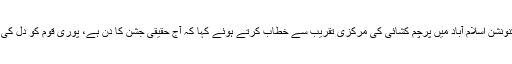
صدر مملکت ممنون حسین نے جناح کنونشن اسلام آباد میں پرچم کشائی کی مرکزی تقریب سے خطاب کرتے ہوئے کہا کہ آج حقیقی جشن کا دن ہے، پوری قوم کو دل کی گہرائیوں سے مبارکباد پیش کرتا ہوں۔